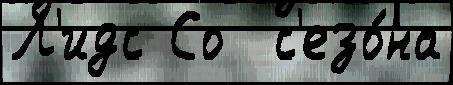
Л'идс Со  с'езо́на